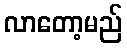
လာတော့မည်